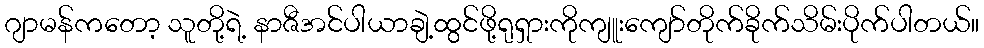
ဂျာမန်ကတော့ သူတို့ရဲ့ နာဇီအင်ပါယာချဲ့ထွင်ဖို့ရုရှားကိုကျူးကျော်တိုက်ခိုက်သိမ်းပိုက်ပါတယ်။